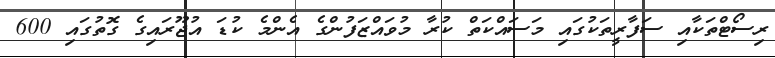
ރިސޯޓްތަކާއި ސަފާރީތަކުގައި މަސައްކަތް ކުރާ މުވައްޒަފުންގެ އެންމެ ކުޑަ އުޖޫރަައިގެ ގޮތުގައި 600